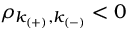
\rho _ { k _ { ( + ) } , k _ { ( - ) } } < 0